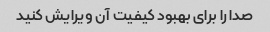
صدا را برای بهبود کیفیت آن ویرایش کنید